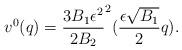
LaTeX: \begin{align*} v^{0}(q)=\dfrac{3B_1 \epsilon^2}{2B_2} ^2 (\dfrac{\epsilon \sqrt{B_1}}{2}q).\end{align*}